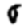
Digit: 0